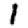
Digit: 1